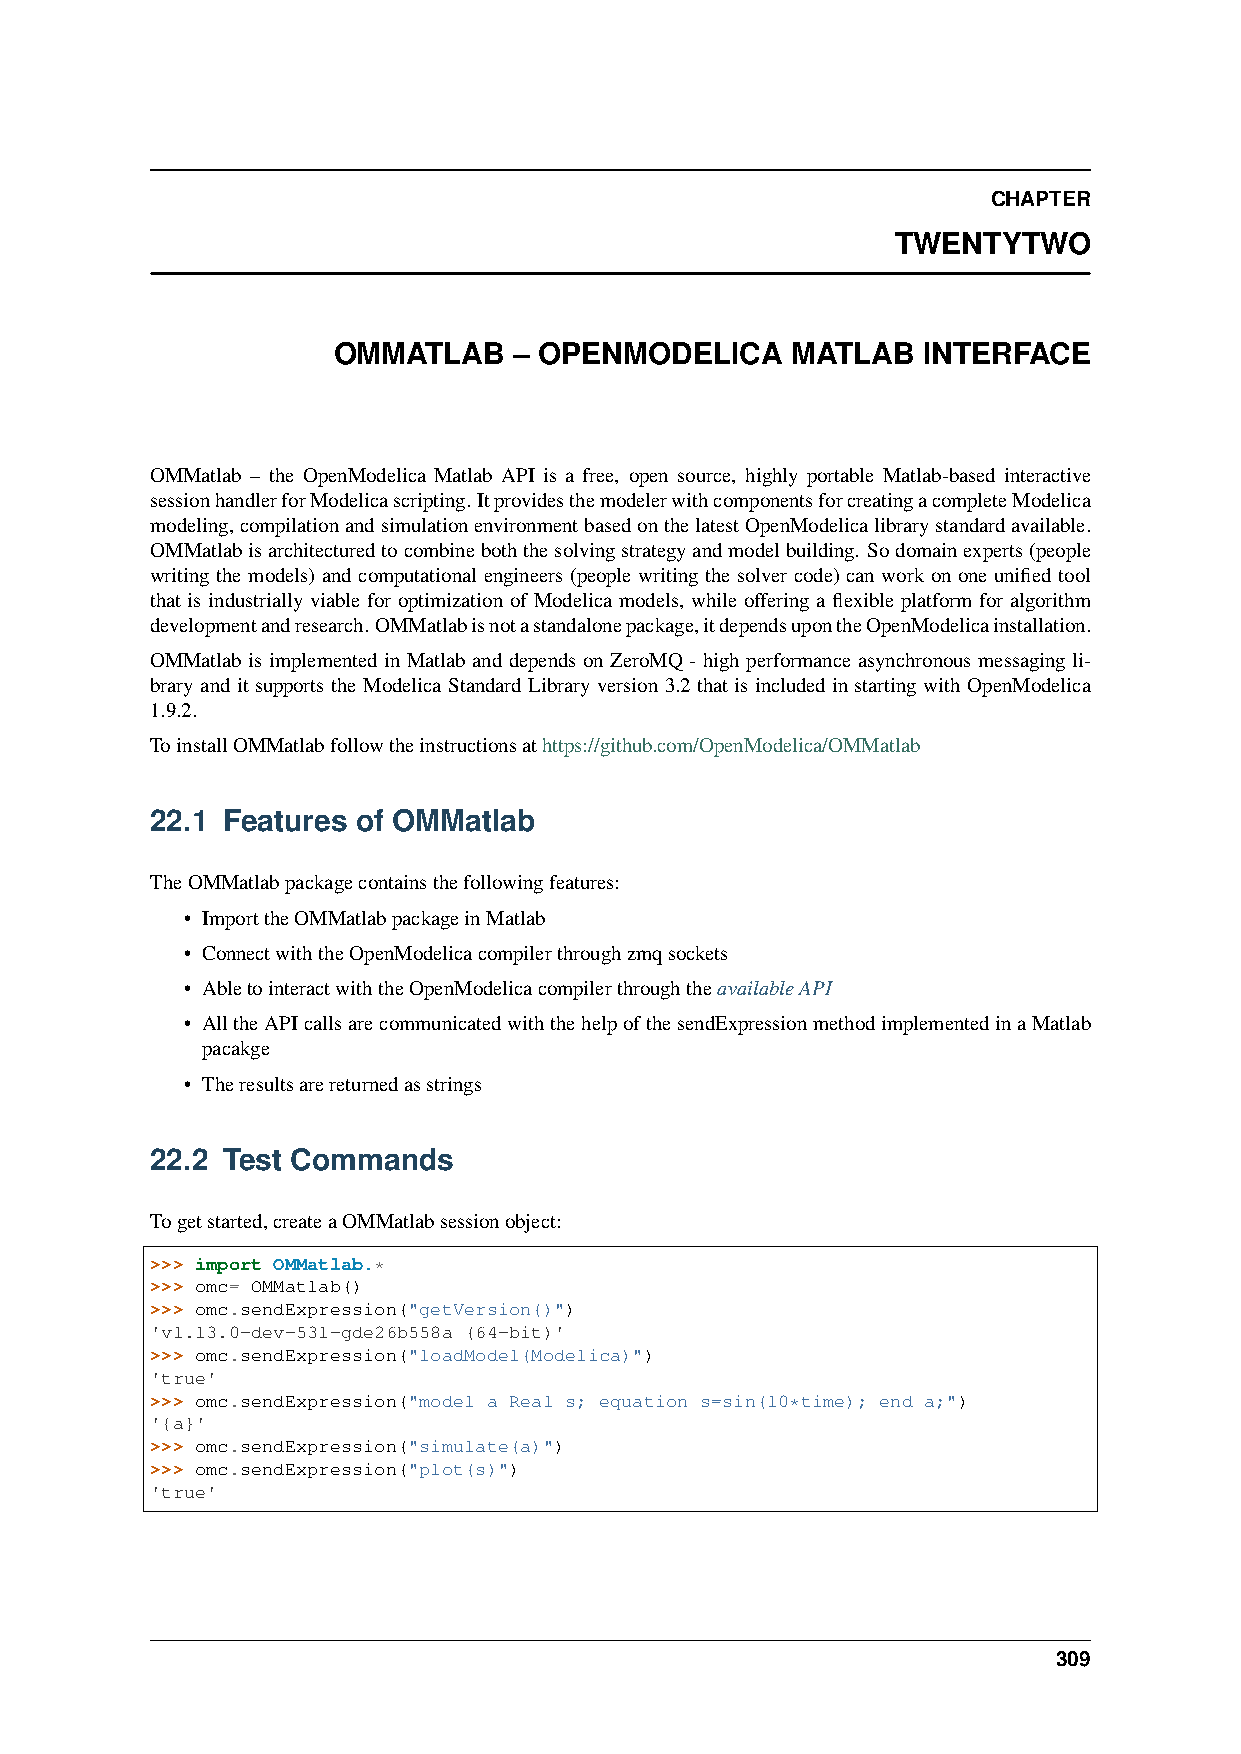
CHAPTER
 TWENTYTWO
 OMMATLAB    – OPENMODELICA    MATLAB   INTERFACE
 OMMatlab – the OpenModelica Matlab API is a free, open source, highly portable Matlab-based interactive
 sessionhandlerforModelicascripting.ItprovidesthemodelerwithcomponentsforcreatingacompleteModelica
 modeling,compilationandsimulationenvironmentbasedonthelatestOpenModelicalibrarystandardavailable.
 OMMatlabisarchitecturedtocombineboththesolvingstrategyandmodelbuilding. Sodomainexperts(people
 writing the models) and computational engineers (people writing the solver code) can work on one unified tool
 that is industrially viable for optimization of Modelica models, while offering a flexible platform for algorithm
 developmentandresearch.OMMatlabisnotastandalonepackage,itdependsupontheOpenModelicainstallation.
 OMMatlab is implemented in Matlab and depends on ZeroMQ - high performance asynchronous messaging li-
 brary and it supports the Modelica Standard Library version 3.2 that is included in starting with OpenModelica
 1.9.2.
 ToinstallOMMatlabfollowtheinstructionsathttps://github.com/OpenModelica/OMMatlab
 22.1 Features of OMMatlab
 TheOMMatlabpackagecontainsthefollowingfeatures:
 • ImporttheOMMatlabpackageinMatlab
 • ConnectwiththeOpenModelicacompilerthroughzmqsockets
 • AbletointeractwiththeOpenModelicacompilerthroughtheavailableAPI
 • AlltheAPIcallsarecommunicatedwiththehelpofthesendExpressionmethodimplementedinaMatlab
 pacakge
 • Theresultsarereturnedasstrings
 22.2 Test Commands
 Togetstarted,createaOMMatlabsessionobject:
 >>> import OMMatlab.*
 >>> omc= OMMatlab()
 >>> omc.sendExpression("getVersion()")
 'v1.13.0-dev-531-gde26b558a (64-bit)'
 >>> omc.sendExpression("loadModel(Modelica)")
 'true'
 >>> omc.sendExpression("model a Real s; equation s=sin(10*time); end a;")
 '{a}'
 >>> omc.sendExpression("simulate(a)")
 >>> omc.sendExpression("plot(s)")
 'true'
 309